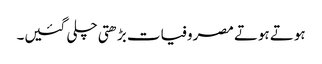
ہوتے ہوتے مصروفیات بڑھتی چلی گئیں۔